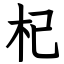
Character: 杞